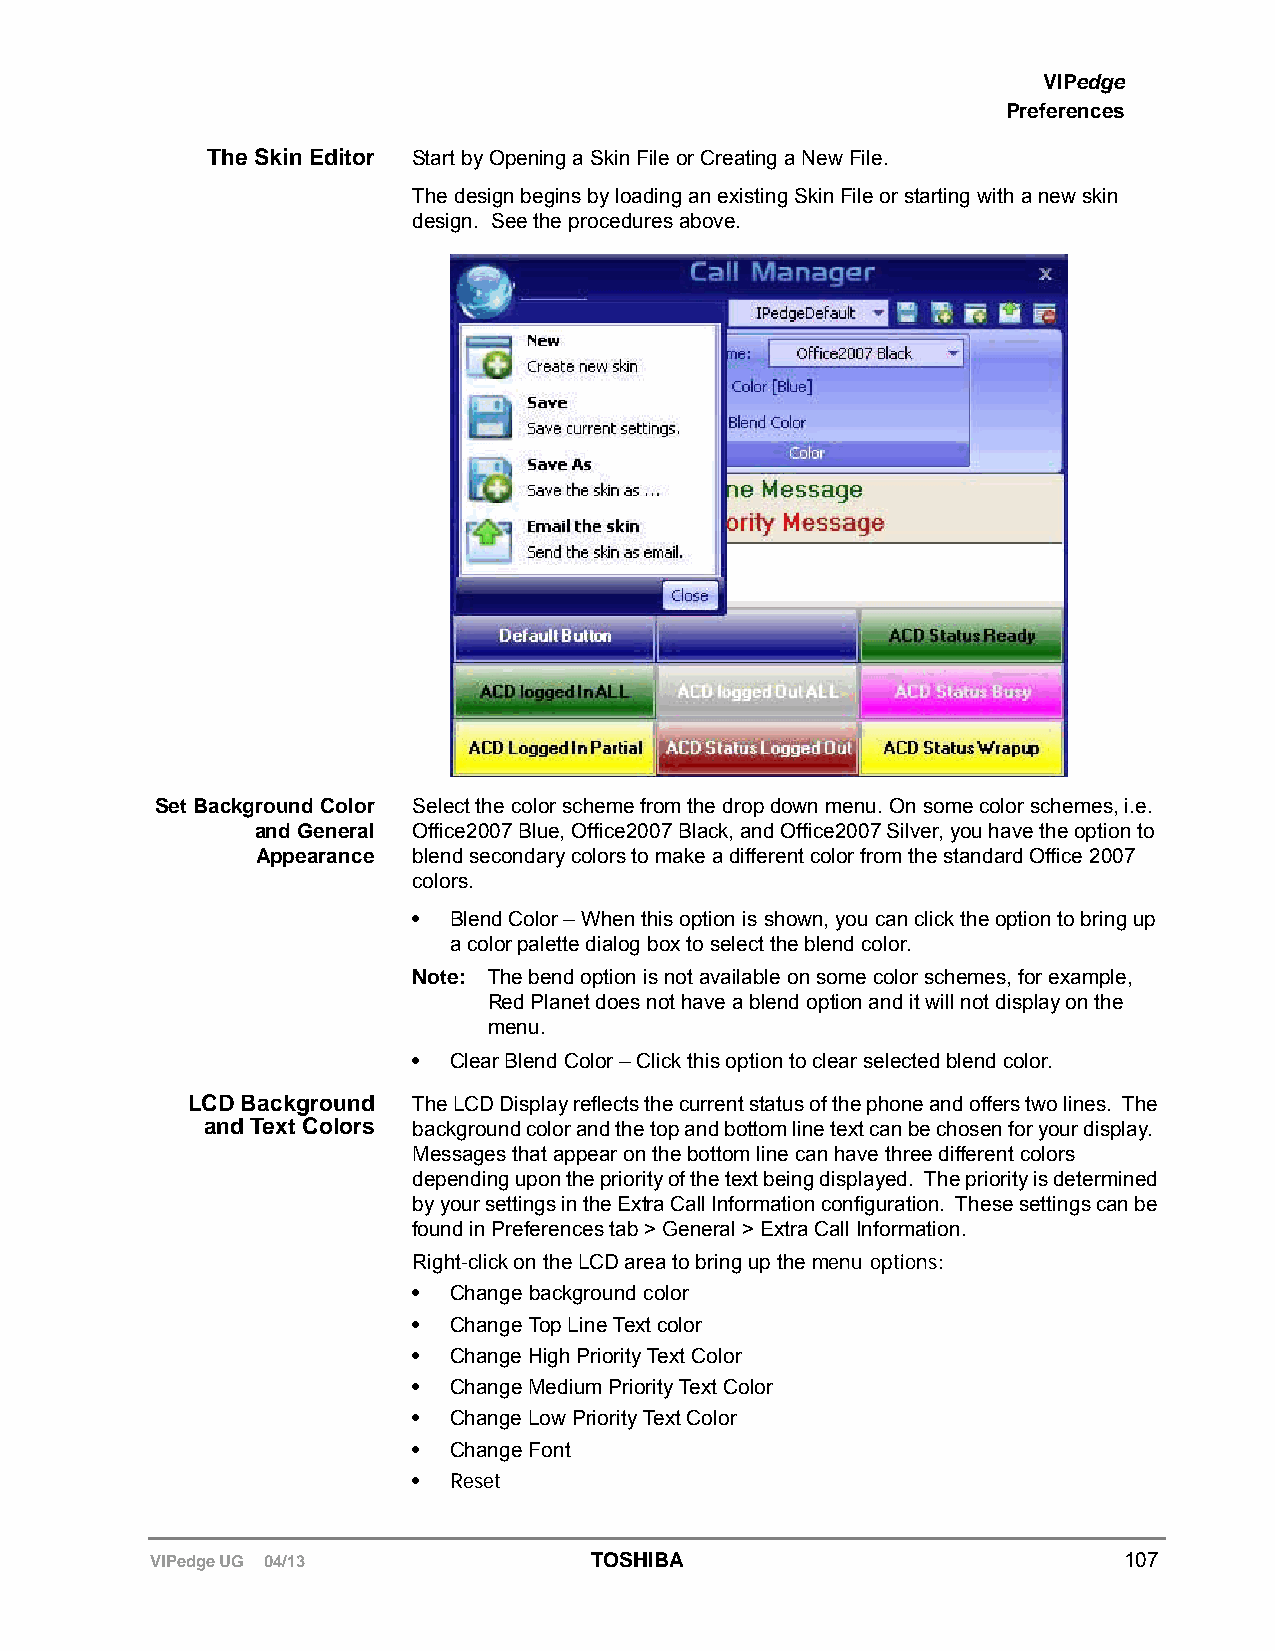
VIPedge
 Preferences
 The Skin Editor Start by Opening a Skin File or Creating a New File.
 The design begins by loading an existing Skin File or starting with a new skin
 design. See the procedures above.
 Set Background Color Select the color scheme from the drop down menu. On some color schemes, i.e.
 and General Office2007 Blue, Office2007 Black, and Office2007 Silver, you have the option to
 Appearance blend secondary colors to make a different color from the standard Office 2007
 colors.
 •  Blend Color – When this option is shown, you can click the option to bring up
 a color palette dialog box to select the blend color.
 Note: The bend option is not available on some color schemes, for example,
 Red Planet does not have a blend option and it will not display on the
 menu.
 •  Clear Blend Color – Click this option to clear selected blend color.
 LCD Background The LCD Display reflects the current status of the phone and offers two lines. The
 and Text Colors background color and the top and bottom line text can be chosen for your display.
 Messages that appear on the bottom line can have three different colors
 depending upon the priority of the text being displayed. The priority is determined
 by your settings in the Extra Call Information configuration. These settings can be
 found in Preferences tab > General > Extra Call Information.
 Right-click on the LCD area to bring up the menu options:
 •  Change background color
 •  Change Top Line Text color
 •  Change High Priority Text Color
 •  Change Medium Priority Text Color
 •  Change Low Priority Text Color
 •  Change Font
 •  Reset
 VIPedge UG 04/13             TOSHIBA                            107